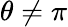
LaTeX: \theta\neq\pi